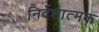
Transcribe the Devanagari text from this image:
निर्देशात्‍मक